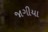
જાગીયા